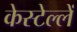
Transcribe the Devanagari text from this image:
केस्टेल्लें